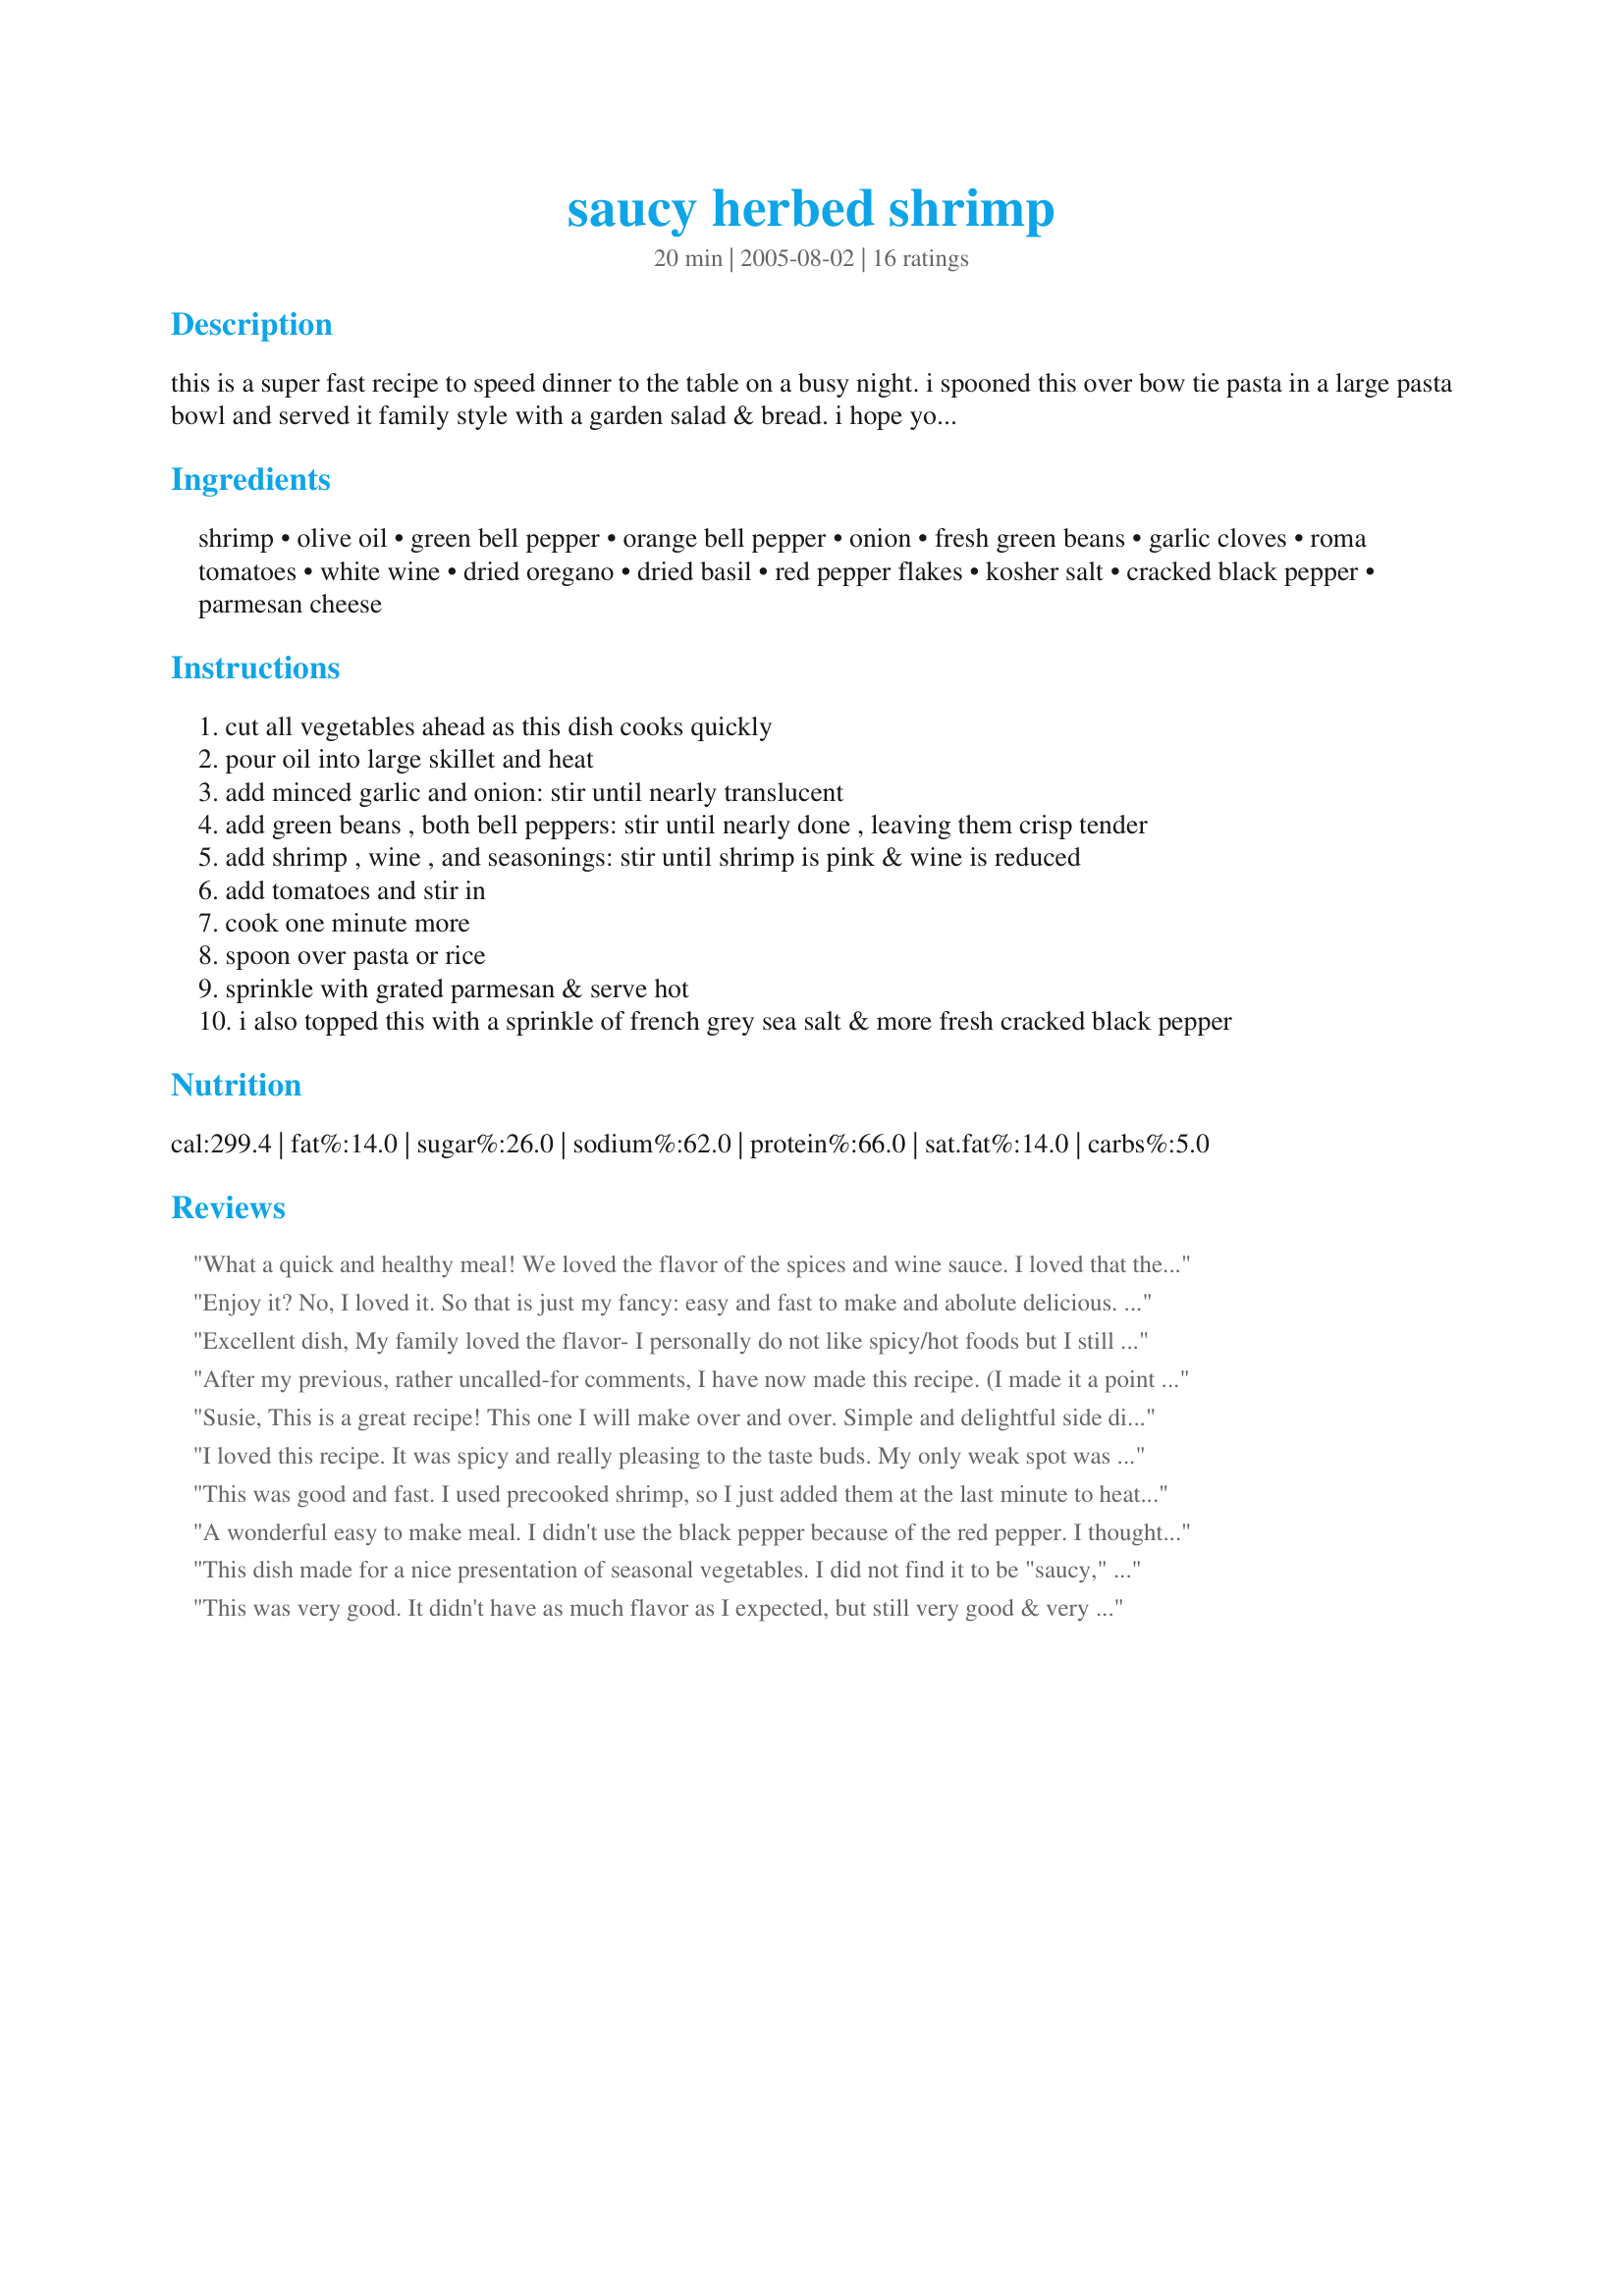
saucy herbed shrimp
Preparation time: 20 minutes

this is a super fast recipe to speed dinner to the table on a busy night. i spooned this over bow tie pasta in a large pasta bowl and served it family style with a garden salad & bread. i hope you enjoy my rsc #7 creation.

Ingredients:
shrimp, olive oil, green bell pepper, orange bell pepper, onion, fresh green beans, garlic cloves, roma tomatoes, white wine, dried oregano, dried basil, red pepper flakes, kosher salt, cracked black pepper, parmesan cheese

Steps:
cut all vegetables ahead as this dish cooks quickly
pour oil into large skillet and heat
add minced garlic and onion: stir until nearly translucent
add green beans , both bell peppers: stir until nearly done , leaving them crisp tender
add shrimp , wine , and seasonings: stir until shrimp is pink & wine is reduced
add tomatoes and stir in
cook one minute more
spoon over pasta or rice
sprinkle with grated parmesan & serve hot
i also topped this with a sprinkle of french grey sea salt & more fresh cracked black pepper

Reviews:
What a quick and healthy meal! We loved the flavor of the spices and wine sauce. I loved that there were so many veggies. The green beans had just the right texture for us. We served this over rice, for four people, and still have plenty for leftovers. Made in loving memory of SusieD.
Enjoy it? No, I loved it. So that is just my fancy: easy and fast to make and abolute delicious. A wonderful combination of seafood, veggies and herbs. I have served the shrimp with fettucine, outstanding good. With some bread, a salad and a glas of a dry white wine. What do you want more. This is heaven on earth and for this recipe as much stars as possible.
Excellent dish, My family loved the flavor- I personally do not like spicy/hot foods but I still ate it! Would definetly serve again!! easy to do too! Thanks
After my previous, rather uncalled-for comments, I have now made this recipe. (I made it a point in the last weeks to try more Zaar recipes in my cookbook). I added a bit of sugar to cut the acidity of the tomatoes and I added the shrimps a little later in the recipe to prevent overcooking them. Delicious!! I added a handful of chopped parsley at the end.
Susie, This is a great recipe! This one I will make over and over. Simple and delightful side dish...I could have make it my whole meal if hubby wouldn't have insisted he get some too...HA! I made it just like you do, no changes.
I loved this recipe. It was spicy and really pleasing to the taste buds. My only weak spot was the green beans..while I liked them, DH was not crazy about them...he likes them cooked all to pieces..Oh well, what does he know. It is a great recipe and I will be making it again, and just to please DH, I will par cook the beans before I add them to the recipe. I did serve this over angel hair pasta with a nice glass of white wine.
This was good and fast. I used precooked shrimp, so I just added them at the last minute to heat through. I think I would increase the basil, oregano, and garlic next time just as a matter of personal preference, but it was quite tasty as is.
A wonderful easy to make meal. I didn't use the black pepper because of the red pepper. I thought that the herbs were just right. The veggies were great together. I paired it with garlic brown rice and totally forgot the parm until I started to write this review. It a colorful and satisfying meal that remains healthy while tasting great. Whats not to love? Made for ZWT 4.
This dish made for a nice presentation of seasonal vegetables. I did not find it to be "saucy," though. I would use more wine and a little more chopped tomato next time. The crushed pepper would be better in half the amt. suggested because the heat from it was overwhelming the other flavors. Other than that, it was very good.
This was very good. It didn't have as much flavor as I expected, but still very good & very healthy. I took out the tomato (I hate 'em!) and used red & yellow pepper strips. We had this over brown rice. Will make again, as it's very versatile. Thanks!
Although I did cut the recipe in half for the 2 of us, I'll be keeping it around to make for special company in another two weeks! Absolutely loved this shrimp dish & look forward to sharing it with others! I did make one small change, though, in that I substituted lemon pepper for the usual S&P! Many thanks for a keeper of a recipe! [Made & reviewed in I Recommend recipe tag]
Oh...Yummmm Susie :) I actually used precooked frozen shrimp (defrosted) because I had It already. I just didn't add it till the last minute and then covered the pan to warm all the way through. The flavor was wonderful!!! Thanks so much for yet another GREAT recipe. 
Made for PAC Spring '09
This was good! I was a bit unsure about the green beans, but they were pretty good. It was a tad hot, but nothing that we couldn't handle. I loved the peppers though, and the cheese!
We loved this recipe. I served it on rice. The only thing I would do differently would be to steam the green beans first. Cause I don't like them too crunchy. I used green and yellow bell pepper, red onion. The taste of the seasonings is perfect. Thanks Susie :) Made for the Zwizzle Chicks of ZWT
Very tasty, we vegetable lovers rejoiced! Next time I would decrease the black pepper and increase the red pepper flakes, and double the tomatoes. The green beans remained very crunchy, so adjust according to your taste. Made for I Recommend Tag.
yummy. just what i needed for a light supper. great combination of flavors.
